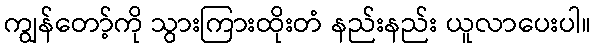
ကျွန်တော့်ကို သွားကြားထိုးတံ နည်းနည်း ယူလာပေးပါ။